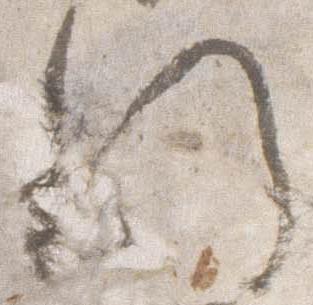
門